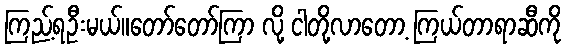
ကြည့်ရဦးမယ်။တော်တော်ကြာ လို့ ငါတို့လာတော့ ကြယ်တာရာဆီကို